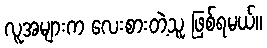
လူအများက လေးစားတဲ့သူ ဖြစ်ရမယ်။